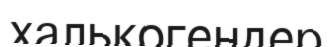
халькогендер